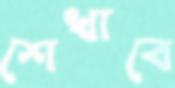
শেখাবে